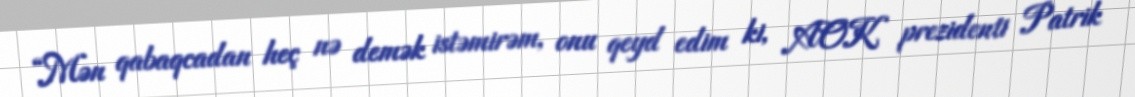
“Mən qabaqcadan heç nə demək istəmirəm, onu qeyd edim ki, AOK prezidenti Patrik